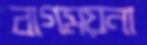
বাগময়না